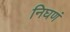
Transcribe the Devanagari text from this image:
निघणं